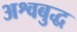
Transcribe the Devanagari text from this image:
अश्वबुद्ध